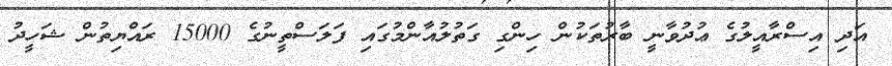
އަދި އިސްރާއީލުގެ ޢުދުވާނީ ބާރުތަކުން ހިންގި ގަތުލުއާންމުގައި ފަލަސްތީނުގެ 15000 ރައްޔިތުން ޝަހީދު